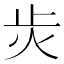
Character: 𭭝